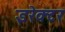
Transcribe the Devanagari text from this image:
इरेक्टर